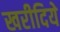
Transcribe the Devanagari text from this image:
खरीदिये